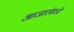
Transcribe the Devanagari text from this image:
आजारंमध्ये